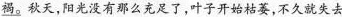
褐。秋天，阳光没有那么充足了，叶子开始枯萎，不久就失去